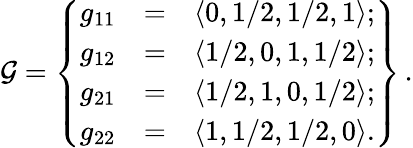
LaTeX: {\cal G}=\left\{ \begin{array}{ccc}{g_{11}}&{=}&{\langle 0,1/2,1/2,1\rangle;}\\ {g_{12}}&{=}&{\langle 1/2,0,1,1/2\rangle;}\\ {g_{21}}&{=}&{\langle 1/2,1,0,1/2\rangle;}\\ {g_{22}}&{=}&{\langle 1,1/2,1/2,0\rangle.}\end{array}\right\} \, .